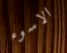
الاسوء